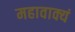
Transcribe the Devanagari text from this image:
महावाक्यं